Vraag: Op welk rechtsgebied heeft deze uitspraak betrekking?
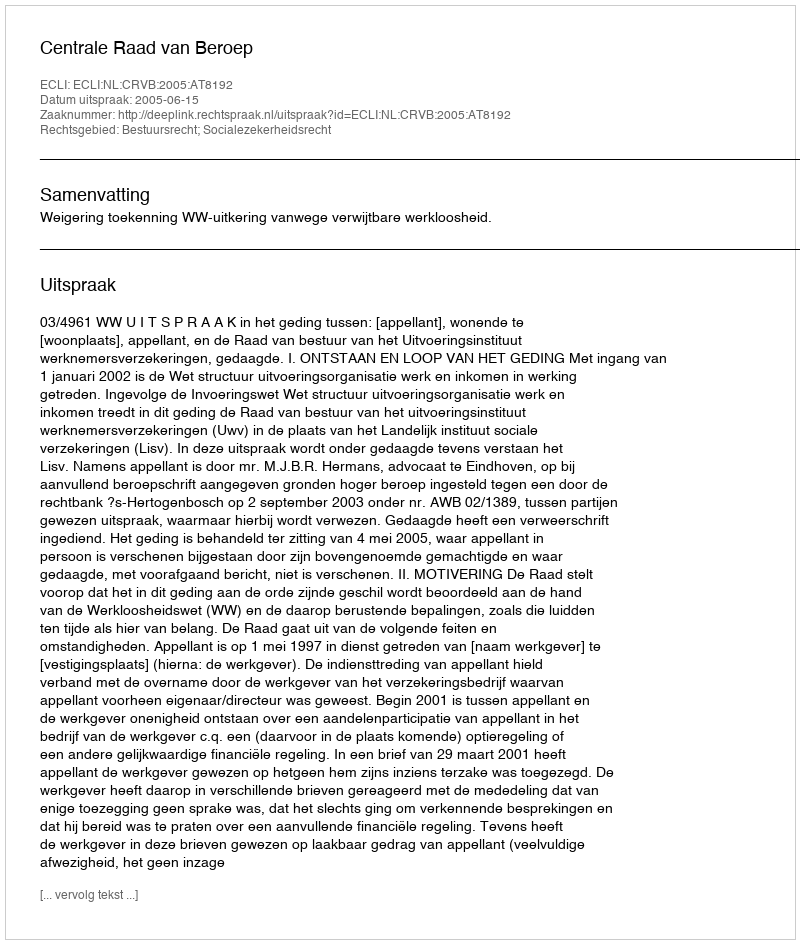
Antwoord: Bestuursrecht; Socialezekerheidsrecht